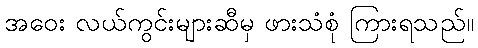
အဝေး လယ်ကွင်းများဆီမှ ဖားသံစုံ ကြားရသည်။